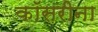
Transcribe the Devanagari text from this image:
कॉसरीना